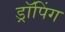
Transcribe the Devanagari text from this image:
ड्रॉपिंग